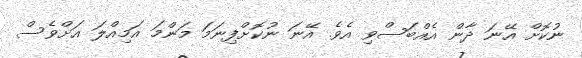
ނުކޮށް އޭނަ ދާން އެއްބަސްވި އެވެ. އޭނަ ނުކޮށްފިނަމަ މަންމަ އަމިއްލަ އަށްވެސް